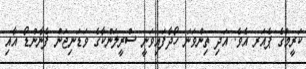
ކަރީމްގެ ޕެއަރ އެވެ. އަދި ތިންވަނަ ހޯދާފައިވަނީ ސްރީލަންކާގެ ވަޑަނިޖަން ފެނާންޑޯ އާއި